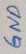
Text: GND